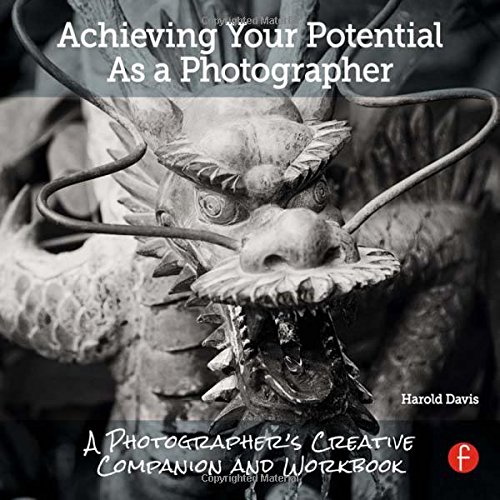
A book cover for Achieving Your Potential As A Photographer: A Creative Companion and Workbook; Harold Davis; Arts & Photography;